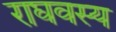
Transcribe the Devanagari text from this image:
राघवस्य